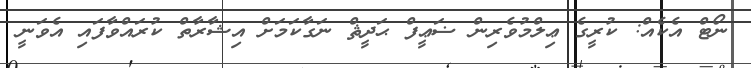
ނޯޓް އެކެއް: ކުރީގެ ޢިލްމުވެރިން ޟަޢީފް ޙަދީޘް ނަގާކަމަށް އިޝާރާތް ކުރައްވާފައި އެވަނީ